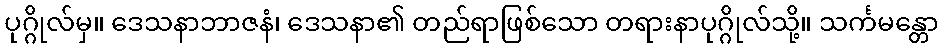
ပုဂ္ဂိုလ်မှ။ ဒေသနာဘာဇနံ၊ ဒေသနာ၏ တည်ရာဖြစ်သော တရားနာပုဂ္ဂိုလ်သို့။ သင်္ကမန္တော